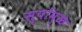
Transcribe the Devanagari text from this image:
सुर्यामुळे